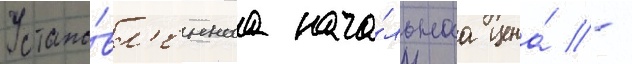
Устано́вл'еннаа нача́льнаа цена́ -